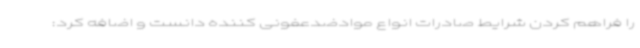
را فراهم کردن شرایط صادرات انواع موادضدعفونی کننده دانست و اضافه کرد: